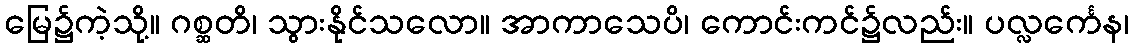
မြေ၌ကဲ့သို့။ ဂစ္ဆတိ၊ သွားနိုင်သလော။ အာကာသေပိ၊ ကောင်းကင်၌လည်း။ ပလ္လင်္ကေန၊